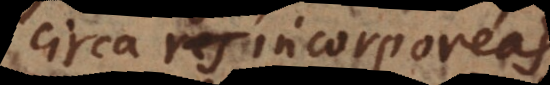
irca res incorporeas